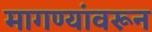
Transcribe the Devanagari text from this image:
मागण्यांवरून